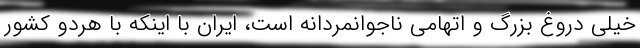
خیلی دروغ بزرگ و اتهامی ناجوانمردانه است، ایران با اینکه با هردو کشور